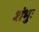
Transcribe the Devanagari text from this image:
शंभुः